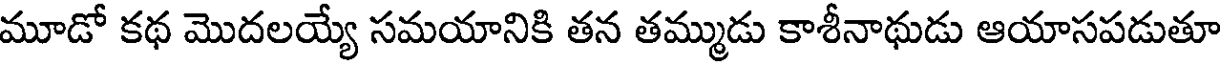
మూడో కథ మొదలయ్యే సమయానికి తన తమ్ముడు కాశీనాథుడు ఆయాసపడుతూ